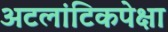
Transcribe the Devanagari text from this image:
अटलांटिकपेक्षा